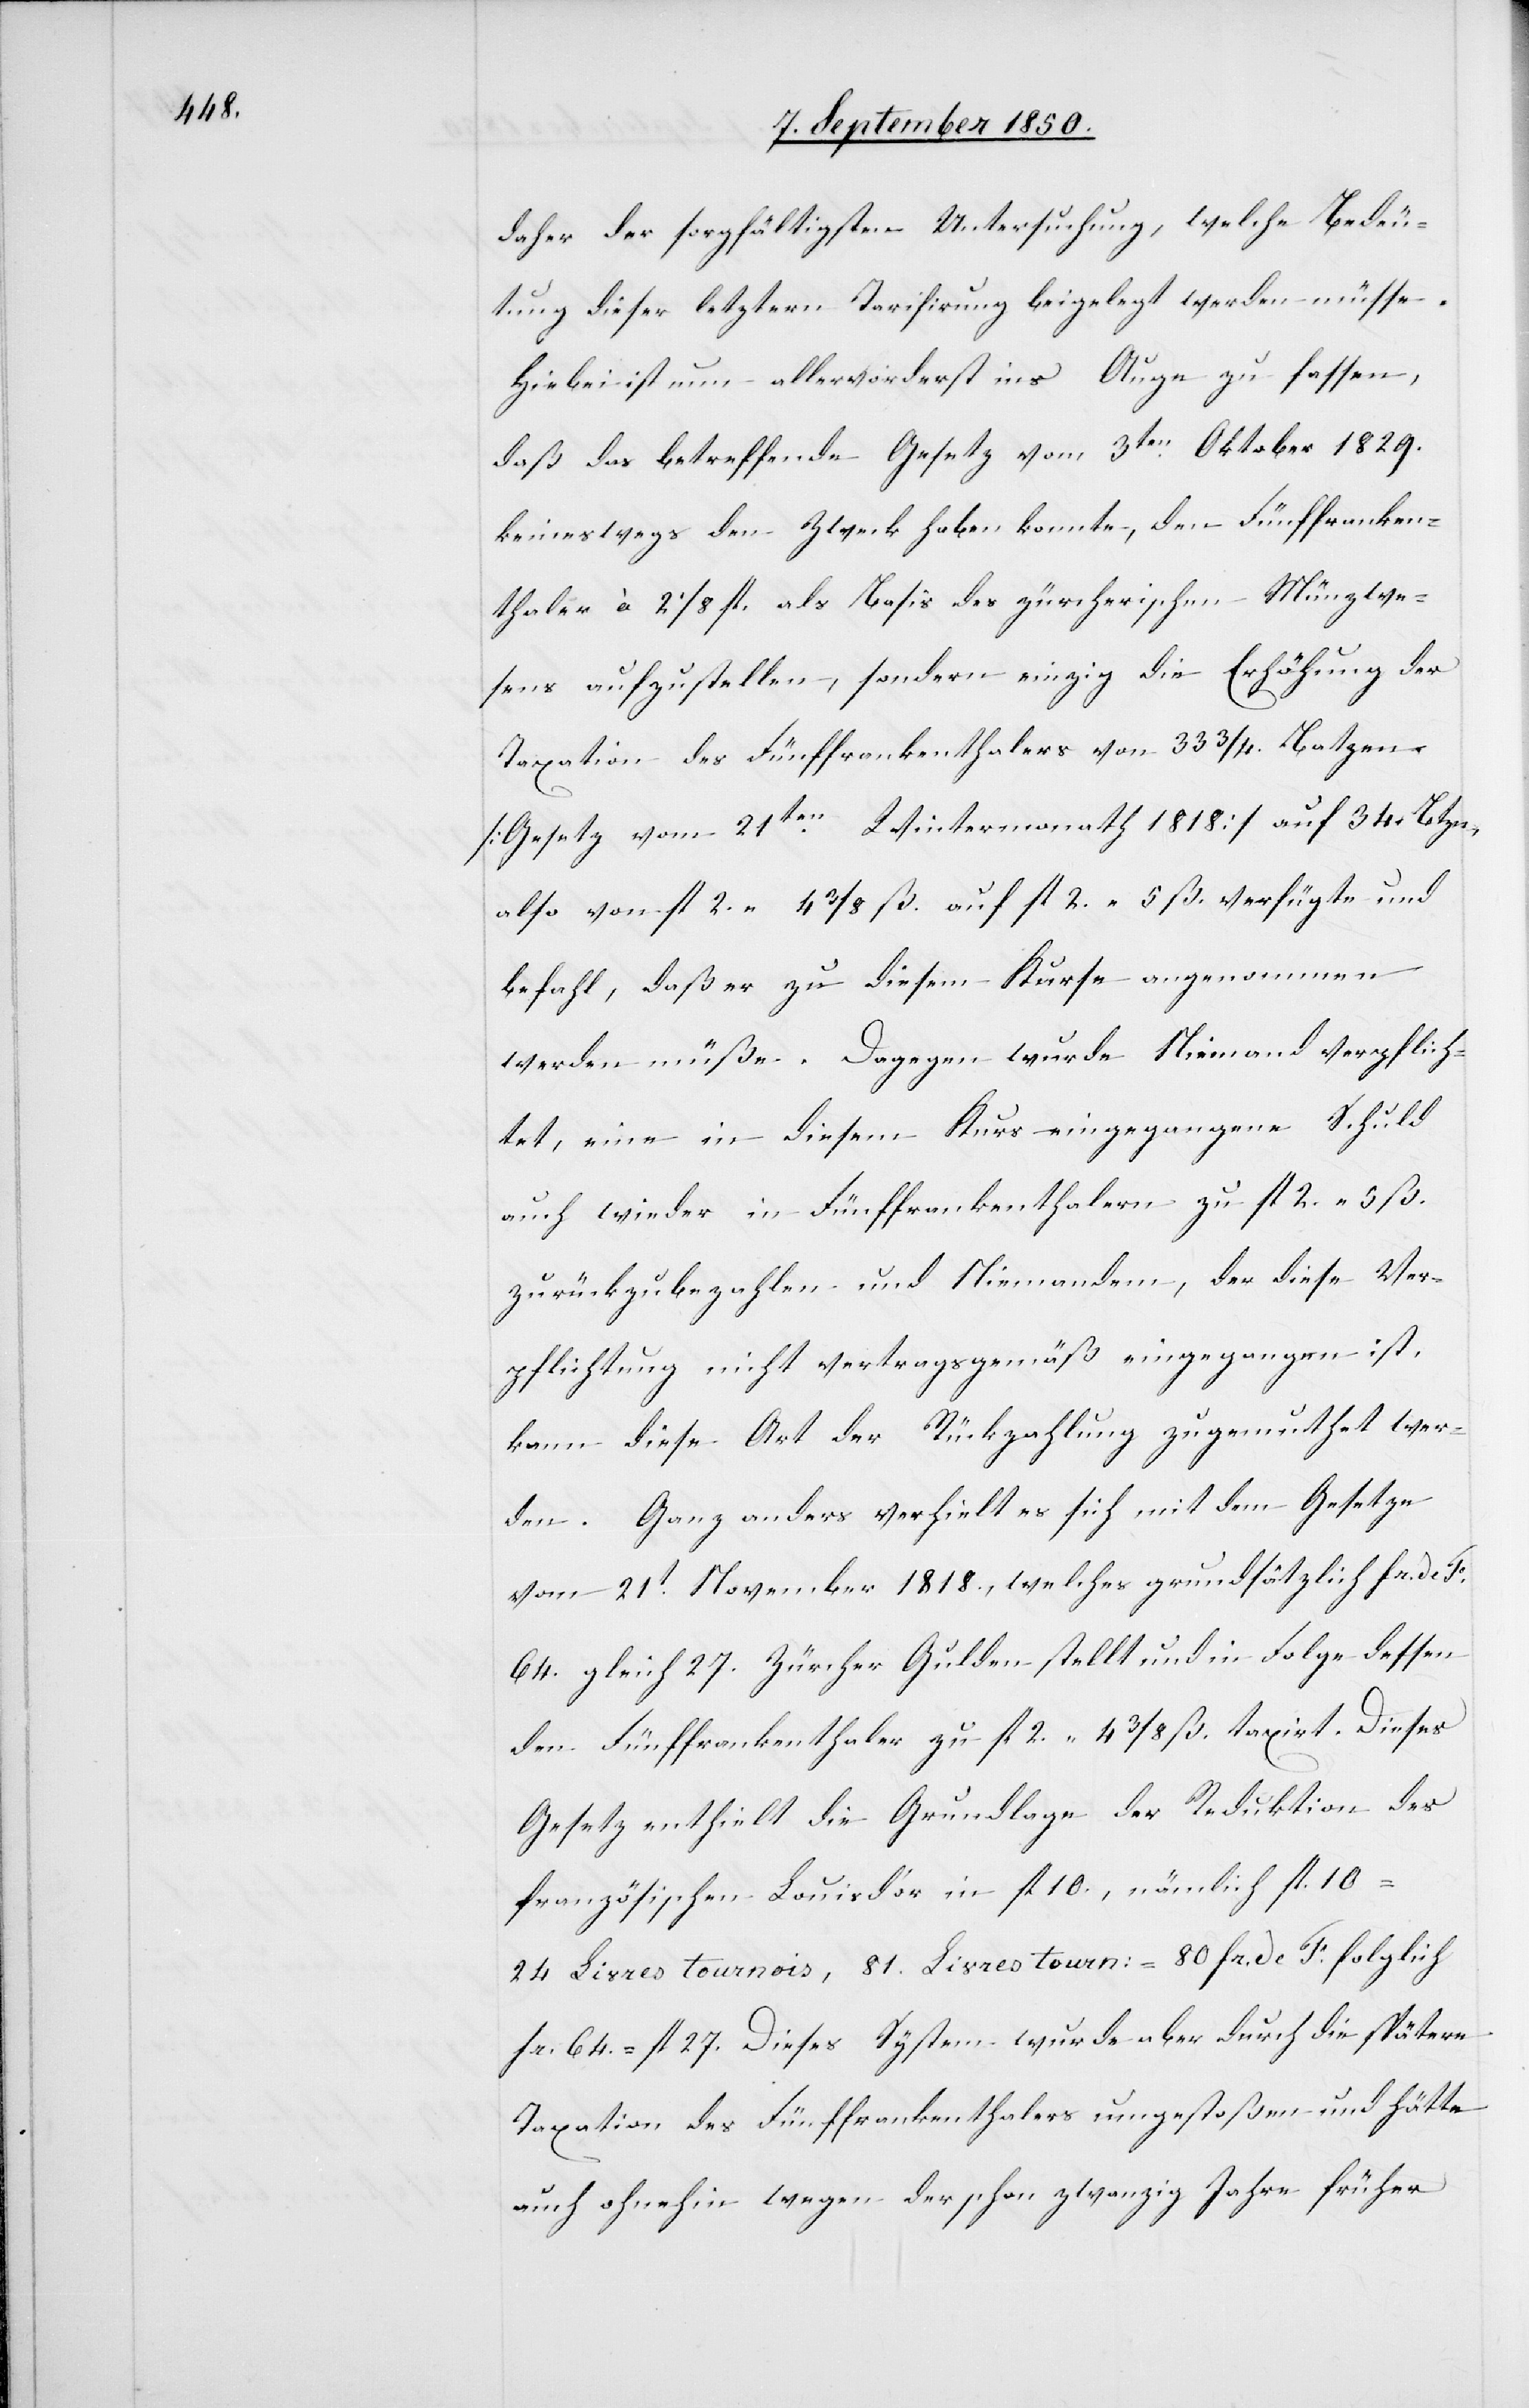
daher der sorgfältigsten Untersuchung, welche Bedeu¬
tung dieser letztern Tarifirung beigelegt werden müsse.
Hiebei ist nun allervorderst ins Auge zu fassen,
daß das betreffende Gesetz vom 3ten Oktober 1829.
keineswegs den Zweck haben konnte, den Fünffranken¬
thaler à 2 1/8 fl. als Basis des zürcherischen Münzwe¬
sens aufzustellen, sondern einzig die Erhöhung der
Taxation des Fünffrankenthalers von 33 3/4. Batzen
[Gesetz vom 21ten Wintermonath 1818] auf 34. Btzn,
also von fl 2. 4 3/8 ß. auf fl 2. 5 ß. verfügte und
befahl, daß er zu diesem Kurse angenommen
werden müße. Dagegen wurde Niemand verpflich¬
tet, eine in diesem Kurs eingegangene Schuld
auch wieder in Fünffrankenthalern zu fl 2 5 ß.
zurückzubezahlen und Niemandem, der diese Ver¬
pflichtung nicht vertragsgemäß eingegangen ist,
kann diese Art der Rückzahlung zugemuthet wer¬
den. Ganz anders verhielt es sich mit dem Gesetze
vom 21t November 1818., welches grundsätzlich fr. de F.
64. gleich 27. Zürcher Gulden stellt und in Folge dessen
den Fünffrankenthaler zu fl 2 4 3/8 ß. taxirt. Dieses
Gesetz enthielt die Grundalge der Reduktion des
französischen Louisd’or in fl 10., nämlich fl. 10
24 Livres tournois, 81. Livres tourn: = 80 fr. de F. folglich
fr. 64. = fl 27. Dieses System wurde aber durch die spätere
Taxation des Fünffrankenthalers umgestoßen und hätte
auch ohnehin wegen der schon zwanzig Jahre früher